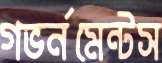
গভর্নমেন্টস